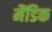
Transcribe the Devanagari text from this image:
मैंडिक